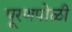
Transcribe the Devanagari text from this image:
पूरणपोळी